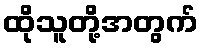
ထိုသူတို့အတွက်